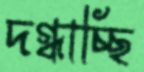
দগ্ধাচ্ছি